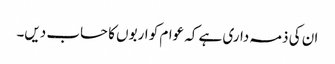
ان کی ذمہ داری ہے کہ عوام کو اربوں کا حساب دیں۔